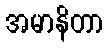
အမာနိတာ